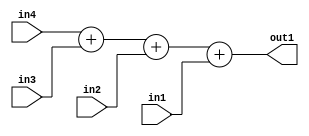
`timescale 1ps / 1ps
/*****************************************************************************
    Verilog RTL Description
    
    
    Created by: Stratus DpOpt 2019.1.01 
*******************************************************************************/

module st_weight_addr_gen_Add4u1u1u1u1_1 (
	in4,
	in3,
	in2,
	in1,
	out1
	); /* architecture "behavioural" */ 
input  in4,
	in3,
	in2,
	in1;
output [2:0] out1;
wire [2:0] asc001;

wire [2:0] asc001_tmp_0;
wire [2:0] asc001_tmp_1;
assign asc001_tmp_1 = 
	+(in4)
	+(in3);
assign asc001_tmp_0 = asc001_tmp_1
	+(in2);
assign asc001 = asc001_tmp_0
	+(in1);

assign out1 = asc001;
endmodule

/* CADENCE  uLbySwo= : u9/ySgnWtBlWxVPRXgAZ4Og= ** DO NOT EDIT THIS LINE ******/